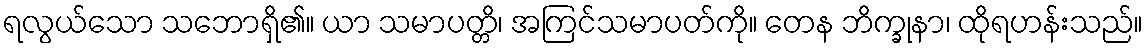
ရလွယ်သော သဘောရှိ၏။ ယာ သမာပတ္တိ၊ အကြင်သမာပတ်ကို။ တေန ဘိက္ခုနာ၊ ထိုရဟန်းသည်။